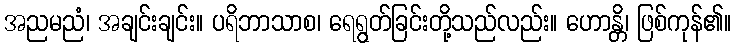
အညမညံ၊ အချင်းချင်း။ ပရိဘာသာစ၊ ရေရွတ်ခြင်းတို့သည်လည်း။ ဟောန္တိ၊ ဖြစ်ကုန်၏။